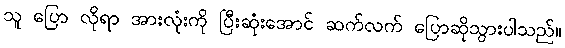
သူ ပြော လိုရာ အားလုံးကို ပြီးဆုံးအောင် ဆက်လက် ပြောဆိုသွားပါသည်။